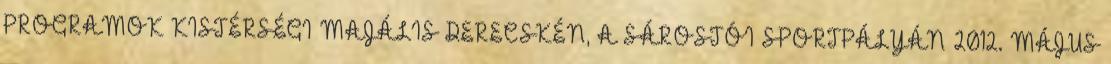
PROGRAMOK KISTÉRSÉGI MAJÁLIS DERECSKÉN, A SÁROSTÓI SPORTPÁLYÁN 2012. MÁJUS